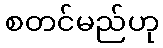
စတင်မည်ဟု